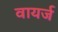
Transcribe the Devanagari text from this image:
वायर्ज